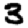
Digit: 3